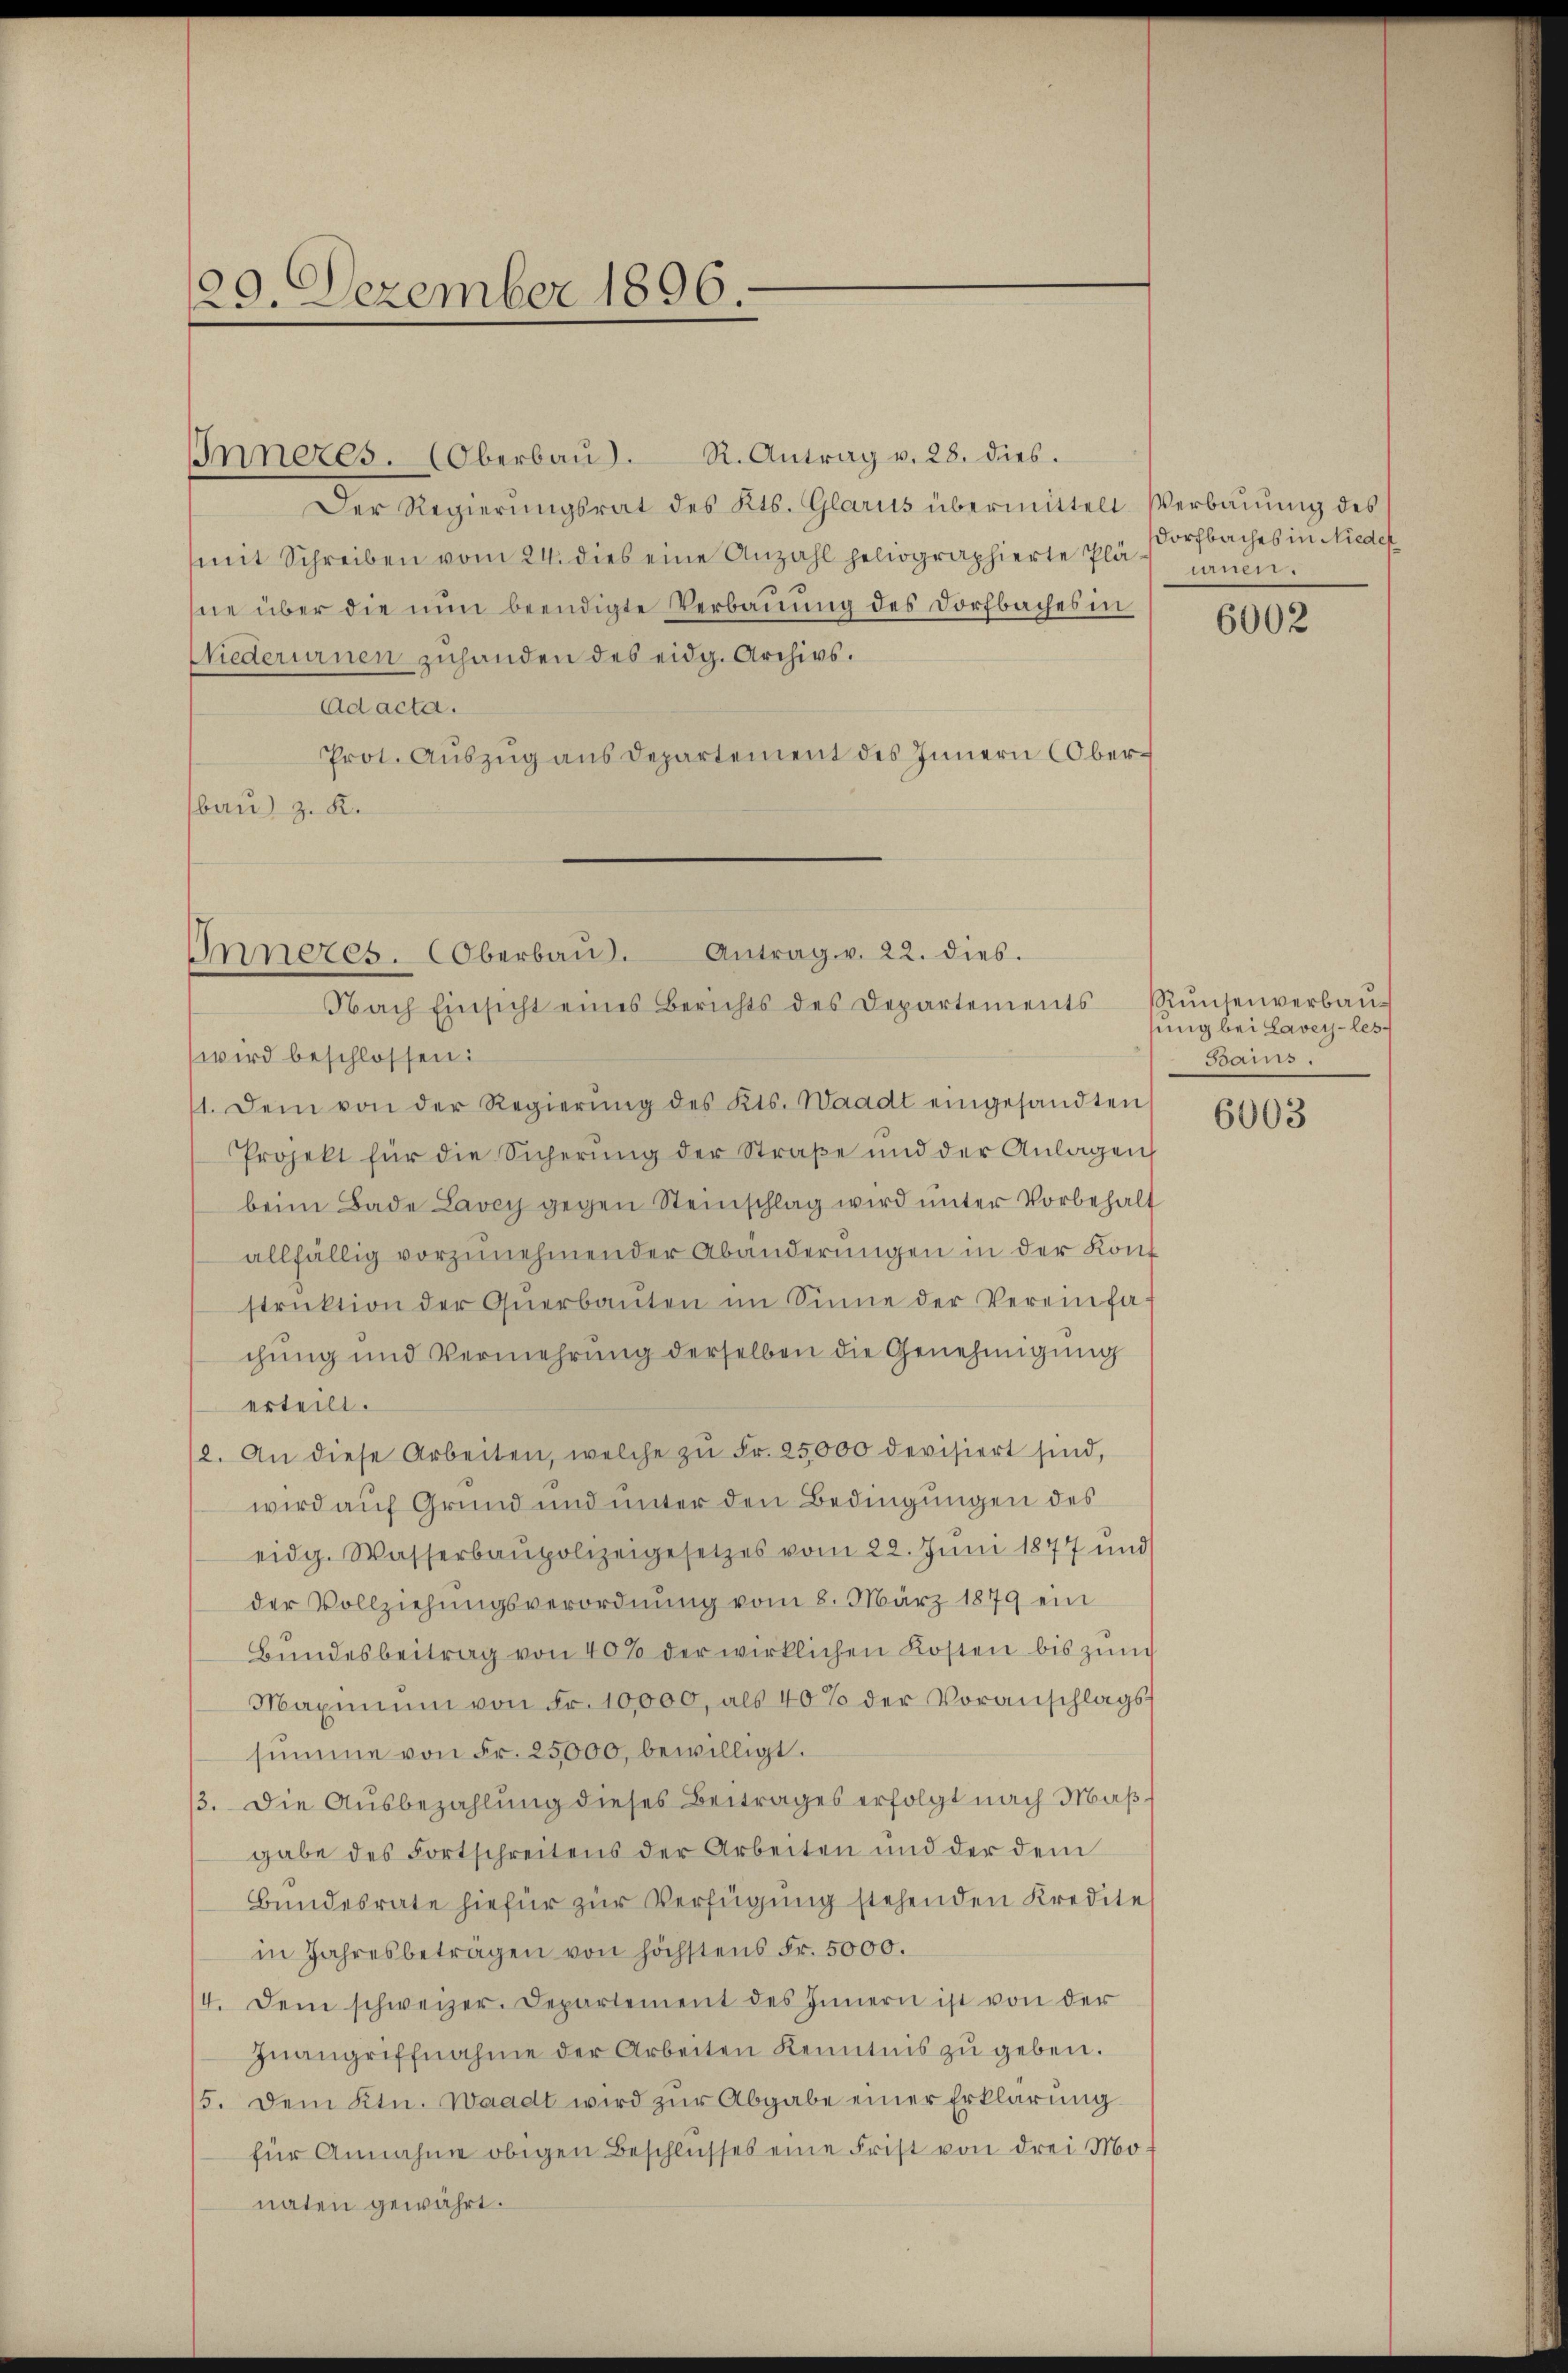
29. Dezember 1896.

Inneres. (Oberbaŭ. R. Antrag v. 28. dies.
Der Regierungsrat des Kts. Glarus übermittelt. Verbauung des
mit Schreiben vom 24. dies eine Anzahl geliographierte Plänen.
ne über die nun beendigte Verbauung des Dorfbaches in
Niederurnen zuhanden des eidg. Archivs.
Ad acta.
Prot. Aŭszŭg ans Departement des Innern Oberbau) z. R.

Antrag v. 22. dies.
Inneres. Oberbau.
Nach Einsicht eines Berichts des Departements

wird beschlossen:
1. Dem von der Regierŭng des Kts. Waadt eingesandten
Projekt für die Sicherung der Straße und der Anlagen
beim Bade Lavey gegen Steinschlag wird ŭnter Vorbehalt
allfällig vorzunehmender Abänderungen in der Konstruktion der Qŭerbauten im Sinne der Vereinfa
chung und Vermehrung derselben die Genehmigung
erteilt.
2. An diese Arbeiten, welche zŭ Fr. 25000 devisiert sind,
wird auf Grund und unter den Bedingungen des
eidg. Wasserbaupolizeigesetzes vom 22. Juni 1877 und
der Vollziehungsverordnung vom 8. März 1879 ein
Bundesbeitrag von 40% der wirklichen Kosten bis zum
Maximŭm von Fr. 10,000, als 40% der Voranschlags
summe von Fr. 25000, bewilligt.
3. Die Ausbezahlung dieses Beitrages erfolgt nach Maßgabe des Fortschreitens der Arbeiten und der dem
Bundesrate hiefür zur Verfügung stehenden Kredite
in Jahresbeträgen von höchstens Fr. 5000.
4. Dem schweizer. Departement des Innern ist von der
Inangriffnahme der Arbeiten Kenntnis zŭ geben.
15. Dem Ktn. Waadt wird zŭr Abgabe einer Erklärung
für Annahme obigen Beschlusses eine Frist von drei Mo
naten gewährt.

Dorfbaches in Nieder

6002

Runsenverbausung bei Lavey-les-
Bains.

6003